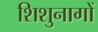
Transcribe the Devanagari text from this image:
शिशुनागों